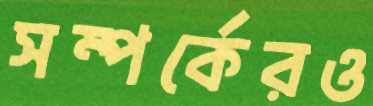
সম্পর্কেরও